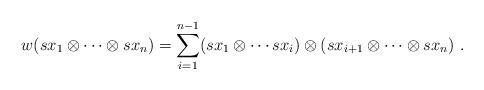
LaTeX: \begin{align*} w(sx_1 \otimes\cdots \otimes sx_n) = \sum_{i=1}^{n-1} (sx_1 \otimes \cdots sx_i) \otimes (sx_{i+1} \otimes\cdots \otimes sx_n)\ . \end{align*}